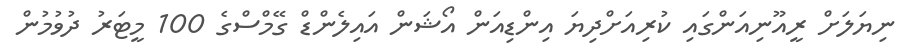
ނިޔަލަށް ރީއޫނިއަންގައި ކުރިއަށްދިޔަ އިންޑިއަން އޯޝަން އައިލެންޑް ގޭމްސްގެ 100 މީޓަރު ދުވުމުން